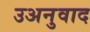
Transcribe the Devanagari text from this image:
उअनुवाद